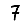
Digit: 7